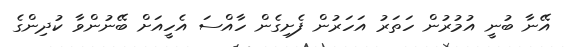
އޭނާ ބުނީ އުމުރުން ހަތަރު އަހަރުން ފެށިގެން ހާއްސަ އެހީއަށް ބޭނުންވާ ކުދިންގެ